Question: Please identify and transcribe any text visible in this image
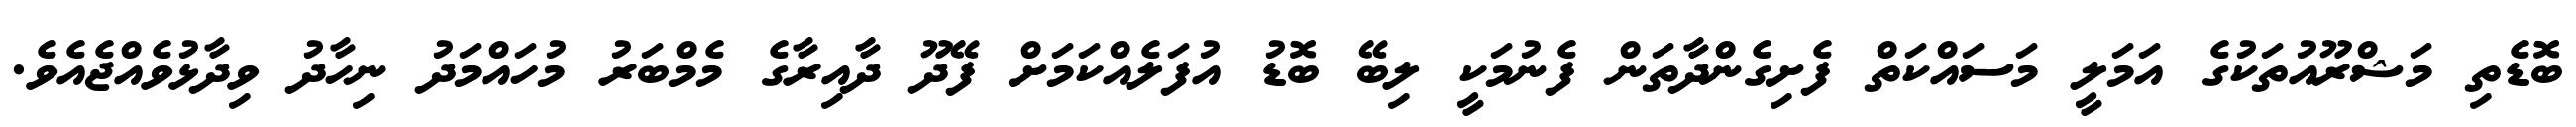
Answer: ބޮޑެތި މަޝްރޫއުތަކުގެ އަމަލީ މަސައްކަތް ފެށިގެންދާތަން ފެނުމަކީ ލިބޭ ބޮޑު އުފަލެއްކަމަށް ފޭދޫ ދާއިރާގެ މެމްބަރު މުހައްމަދު ނިހާދު ވިދާޅުވެއްޖެއެވެ.